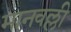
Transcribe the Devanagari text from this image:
मानवल्ली